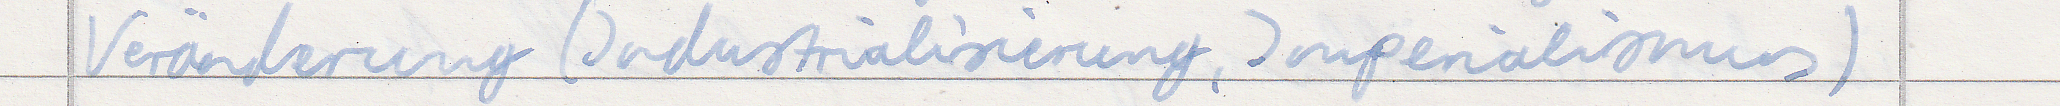
Veränderung (Industrialisierung, Imperialismus)